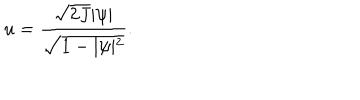
u = \frac { \sqrt { 2 J } \vert \psi \vert } { \sqrt { 1 - \vert \psi \vert ^ { 2 } } } .